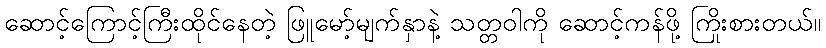
ဆောင့်ကြောင့်ကြီးထိုင်နေတဲ့ ဖြူမော့်မျက်နှာနဲ့ သတ္တဝါကို ဆောင့်ကန်ဖို့ ကြိုးစားတယ်။